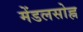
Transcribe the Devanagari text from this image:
मेंडलसोह्न